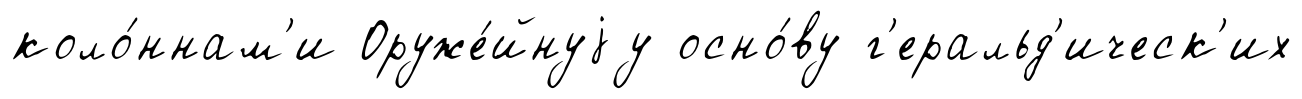
коло́ннам'и Оруже́йнуjу осно́ву г'еральд'ическ'их